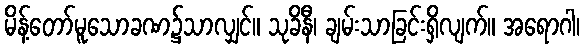
မိန့်တော်မူသောခဏ၌သာလျှင်။ သုခိနီ၊ ချမ်းသာခြင်းရှိလျက်။ အရောဂါ၊